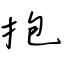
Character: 抱